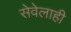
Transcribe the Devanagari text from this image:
सेवेलाही